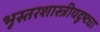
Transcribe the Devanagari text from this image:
भूस्तरशास्त्रीयदृष्ट्या